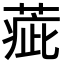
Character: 𦶉